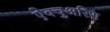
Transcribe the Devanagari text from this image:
ऐक्चुअरिस